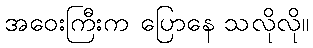
အဝေးကြီးက ပြောနေ သလိုလို။